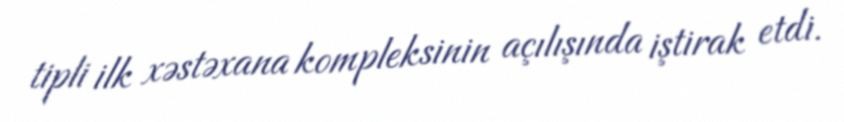
tipli ilk xəstəxana kompleksinin açılışında iştirak etdi.